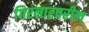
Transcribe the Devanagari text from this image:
गिरनारवरील